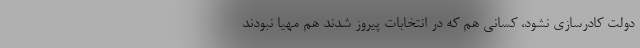
دولت کادرسازی نشود، کسانی هم که در انتخابات پیروز شدند هم مهیا نبودند